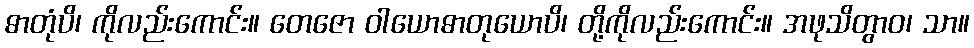
ဓာတုံပိ၊ ကိုလည်းကောင်း။ တေဇော ဝါယောဓာတုယောပိ၊ တို့ကိုလည်းကောင်း။ အဖုသိတွာဝ၊ သာ။